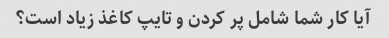
آیا کار شما شامل پر کردن و تایپ کاغذ زیاد است؟